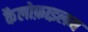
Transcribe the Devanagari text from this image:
कैलोफ़ाइलम